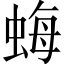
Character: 𧋟